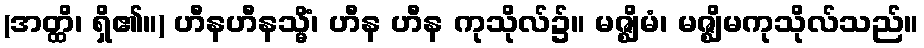
(အတ္ထိ၊ ရှိ၏။) ဟီနဟီနသ္မိံ၊ ဟီန ဟီန ကုသိုလ်၌။ မဇ္ဈိမံ၊ မဇ္ဈိမကုသိုလ်သည်။